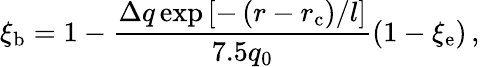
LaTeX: \xi_{\mathrm{b}}=1-\frac{\Delta q\exp\left[-\left(r-r_{\mathrm{c}}\right)/l\right]}{7.5q_{0}}\left(1-\xi_{\mathrm{e}}\right)\, ,